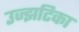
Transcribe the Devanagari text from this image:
उज्झटिका